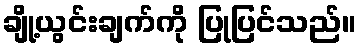
ချို့ယွင်းချက်ကို ပြုပြင်သည်။